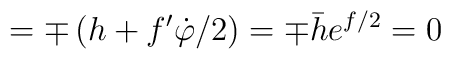
=\mp \left( h+f^{\prime }\dot \varphi /2\right) =\mp \bar he^{f/2}=0